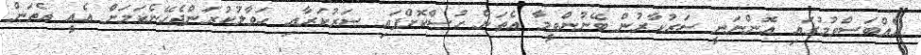
އެއްބަސްވުމުގައި އޮންނަނީ ސަރުކާރުން ބޭނުންވީމާ އެތަން ހުސްކޮށްފައި ސަރުކަރާއި ހަވާލުކުރަންޖެހޭނެކަމަށް އެއީ އެތަން